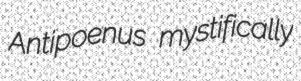
Antipoenus mystifically